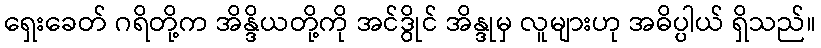
ရှေးခေတ် ဂရိတို့က အိန္ဒိယတို့ကို အင်ဒွိုင် အိန္ဒုမှ လူများဟု အဓိပ္ပါယ် ရှိသည်။